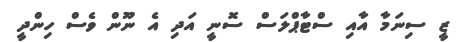
ޒީ ސިނަމާ އާއި ސްޓާޕްލަސް ސޮނީ އަދި އެ ނޫން ވެސް ހިންދީ